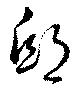
邸